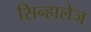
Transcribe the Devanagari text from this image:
सिन्हालेज